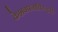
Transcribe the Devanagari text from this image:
केशवपनाविरुद्धही